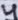
Text: 4